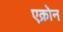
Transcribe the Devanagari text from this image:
एक्रोन